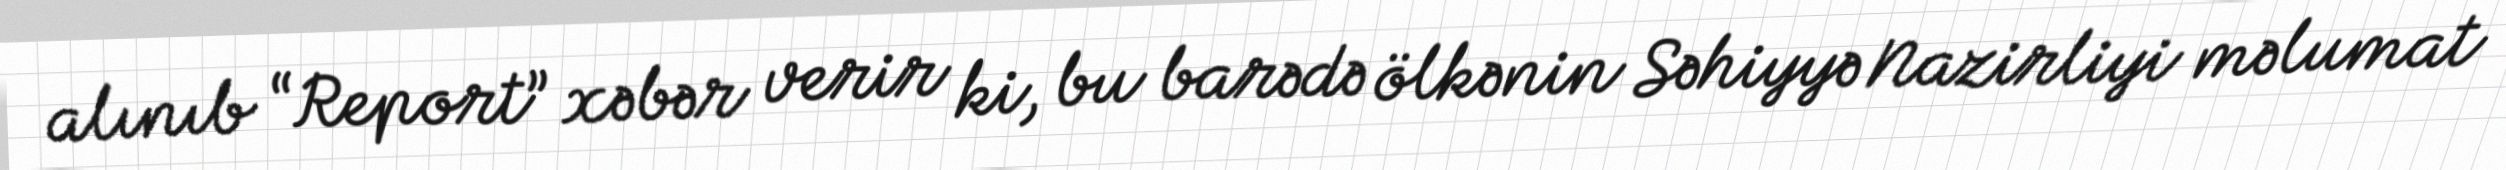
alınıb “Report” xəbər verir ki, bu barədə ölkənin Səhiyyə Nazirliyi məlumat